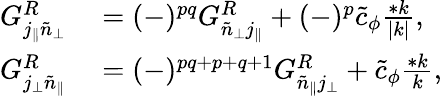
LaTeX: \begin{array}{rl}{G_{j_{\| }\tilde{n}_{\perp}}^{R}}&{{}=(-)^{pq}G_{\tilde{n}_{\perp}j_{\| }}^{R}+(-)^{p}\tilde{c}_{\phi}\frac{*k}{|k|},}\\ {G_{j_{\perp}\tilde{n}_{\| }}^{R}}&{{}=(-)^{pq+p+q+1}G_{\tilde{n}_{\| }j_{\perp}}^{R}+\tilde{c}_{\phi}\frac{*k}{k},}\end{array}